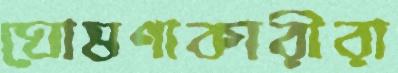
ঘোষণাকারীরা